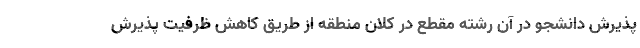
پذیرش دانشجو در آن رشته مقطع در کلان منطقه از طریق کاهش ظرفیت پذیرش